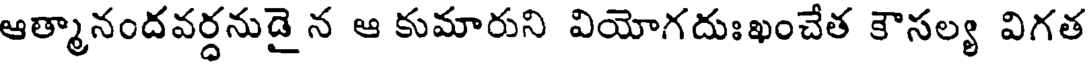
ఆత్మానందవర్ధనుడై న ఆ కుమారుని వియోగదుఃఖంచేత కౌసల్య విగత